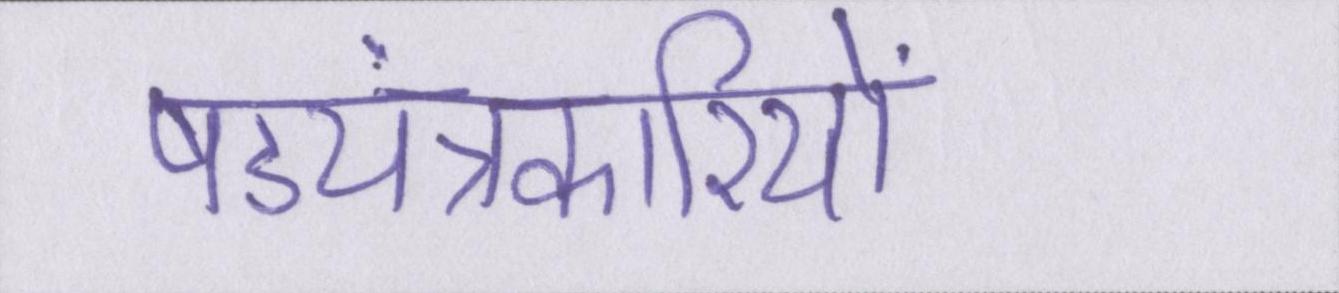
षड्यंत्रकारियों